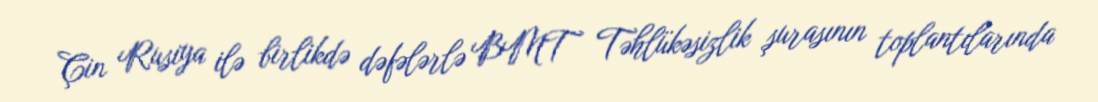
Çin Rusiya ilə birlikdə dəfələrlə BMT Təhlükəsizlik şurasının toplantılarında